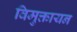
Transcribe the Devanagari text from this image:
विमुक्तायन